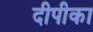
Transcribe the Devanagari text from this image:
दीपीका